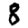
Digit: 8